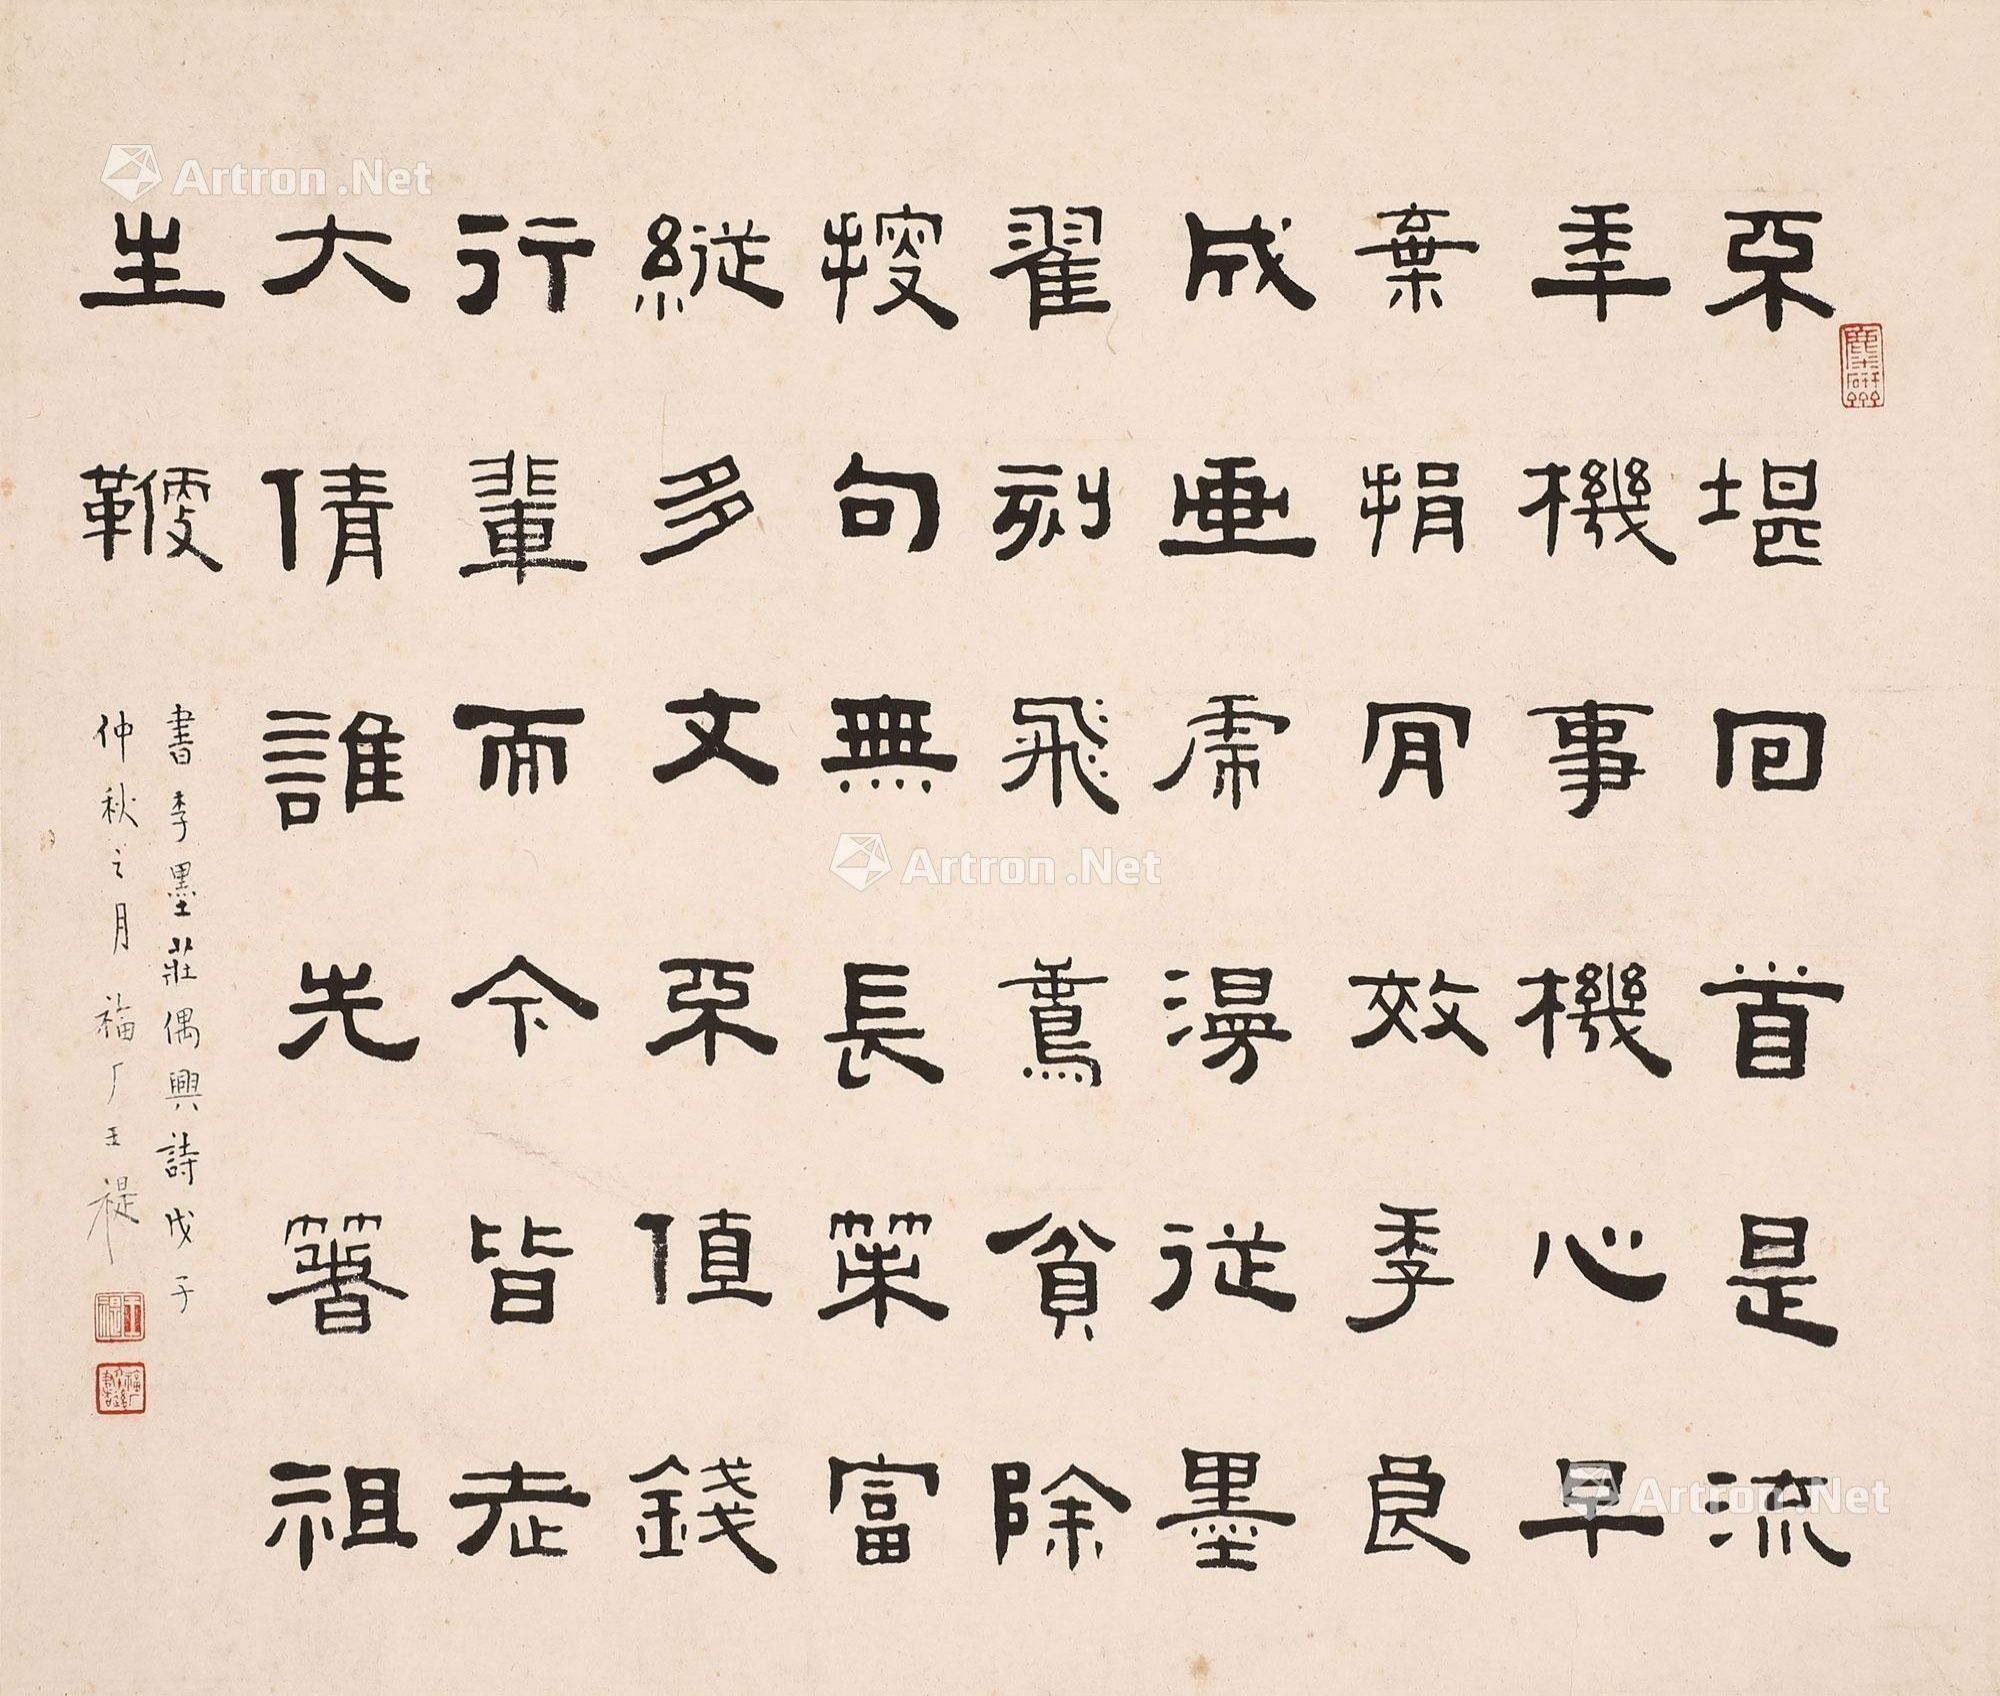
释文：不堪回首是流年,机事机心早弃捐。肯效季良成画虎,漫从墨翟刻飞鸯。贫除搜句无长策,富纵多文不值钱。行辈而今皆老大,倩谁先著祖生鞭。书李墨庄偶兴诗。戊子仲秋之月，福厂王褆。